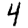
Digit: 4